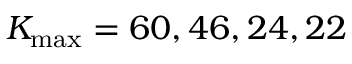
K _ { \operatorname* { m a x } } = 6 0 , 4 6 , 2 4 , 2 2